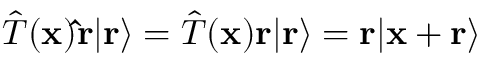
{ \hat { T } } ( \mathbf { x } ) \mathbf { \hat { r } } | \mathbf { r } \rangle = { \hat { T } } ( \mathbf { x } ) \mathbf { r } | \mathbf { r } \rangle = \mathbf { r } | \mathbf { x } + \mathbf { r } \rangle